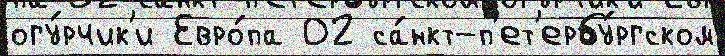
огу́рчик'и Евро́па 02 са́нкт-п'ет'ербу́ргском